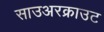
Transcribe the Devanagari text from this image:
साउअरक्राउट